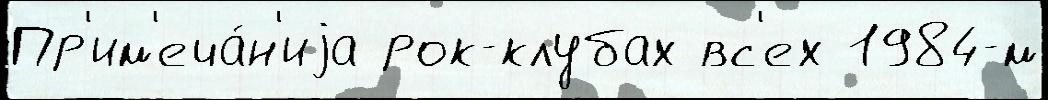
Пр'им'еча́н'иjа рок-клубах вс'ех 1984-м